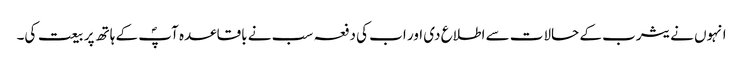
انہوں نے یثرب کے حالات سے اطلاع دی اور اب کی دفعہ سب نے باقاعدہ آپؐ کے ہاتھ پر بیعت کی۔